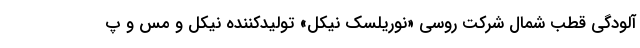
آلودگی قطب شمال شرکت روسی «نوریلسک نیکل» تولیدکننده نیکل و مس و پ